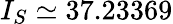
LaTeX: I_{S}\simeq 37.23369